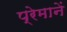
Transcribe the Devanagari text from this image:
प्रेमानें